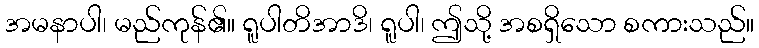
အမနာပါ၊ မည်ကုန်၏။ ရူပါတိအာဒိ၊ ရူပါ၊ ဤသို့ အစရှိသော စကားသည်။